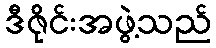
ဒီဇိုင်းအဖွဲ့သည်